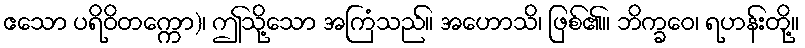
ဧသော ပရိဝိတက္ကော)၊ ဤသို့သော အကြံသည်။ အဟောသိ၊ ဖြစ်၏။ ဘိက္ခဝေ၊ ရဟန်းတို့။